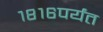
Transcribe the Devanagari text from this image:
१८१६पर्यंत